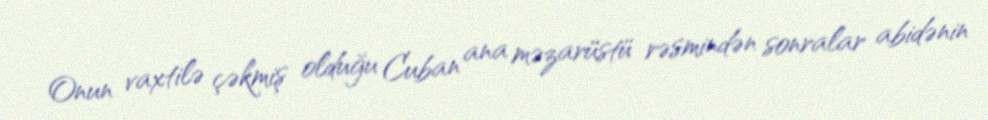
Onun vaxtilə çəkmiş olduğu Cuban ana məzarüstü rəsmindən sonralar abidənin